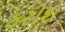
કરીશ